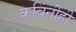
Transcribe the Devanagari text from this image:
कविंनीही